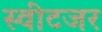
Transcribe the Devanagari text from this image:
स्वीटजर